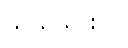
သယ်သွားပါ။